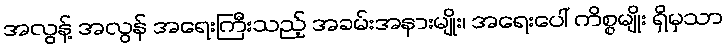
အလွန့် အလွန် အရေးကြီးသည့် အခမ်းအနားမျိုး၊ အရေးပေါ် ကိစ္စမျိုး ရှိမှသာ